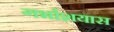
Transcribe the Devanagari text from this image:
गर्भाशयास